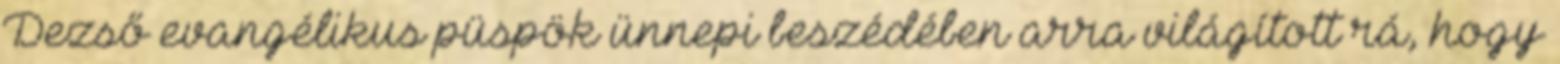
Dezső evangélikus püspök ünnepi beszédében arra világított rá, hogy